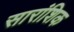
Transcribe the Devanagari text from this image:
सारांशिक